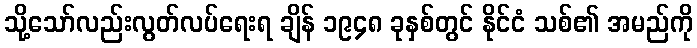
သို့သော်လည်းလွတ်လပ်ရေးရ ချိန် ၁၉၄၈ ခုနှစ်တွင် နိုင်ငံ သစ်၏ အမည်ကို